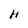
Character: H